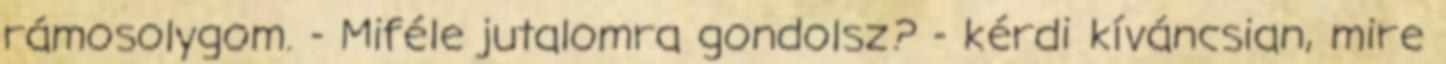
rámosolygom. - Miféle jutalomra gondolsz? - kérdi kíváncsian, mire